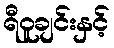
ရီဝူချင်းနှင့်